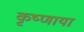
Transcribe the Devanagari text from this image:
कृष्णाया